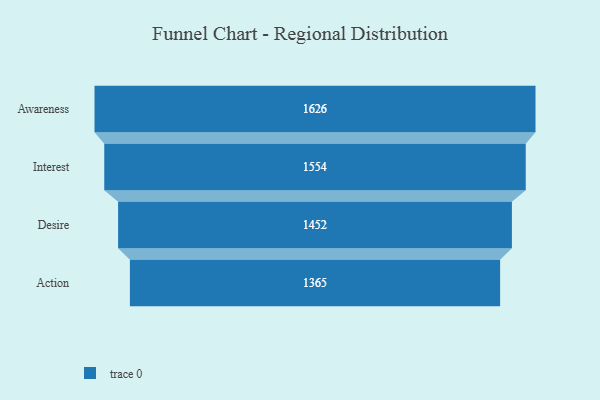
{"axis": {"x": "Stage", "y": "Value"}, "legend": [""], "data": [{"x": "Awareness", "y": 1626.0, "type": ""}, {"x": "Interest", "y": 1554.0, "type": ""}, {"x": "Desire", "y": 1452.0, "type": ""}, {"x": "Action", "y": 1365.0, "type": ""}]}